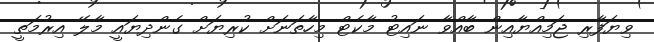
ވިޔަފާރި ޖަމިއްޔާއިން ބާއްވާ ނައިޓު މާކެޓް މިހާތަނަށް ކުރިޔަށް ގެންދިޔައީ މާލޭ އިރުމަތީ